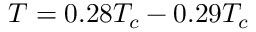
T = 0 . 2 8 T _ { c } - 0 . 2 9 T _ { c }